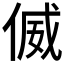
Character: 𠋘